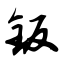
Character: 钣